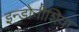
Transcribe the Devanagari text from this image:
इन्डोनीशिया